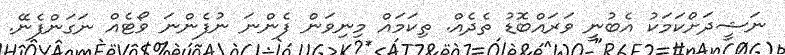
ނަޝީދަށްކަމަކު އެބުނީ ވަރައްބޮޑު ތެދެއް. ތިކަމައް މިނިވަން ފެންނަ ނުފެންނަ ވޯޓެއް ނަގަންފެނޭ.